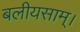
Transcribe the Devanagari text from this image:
बलीयसाम्।